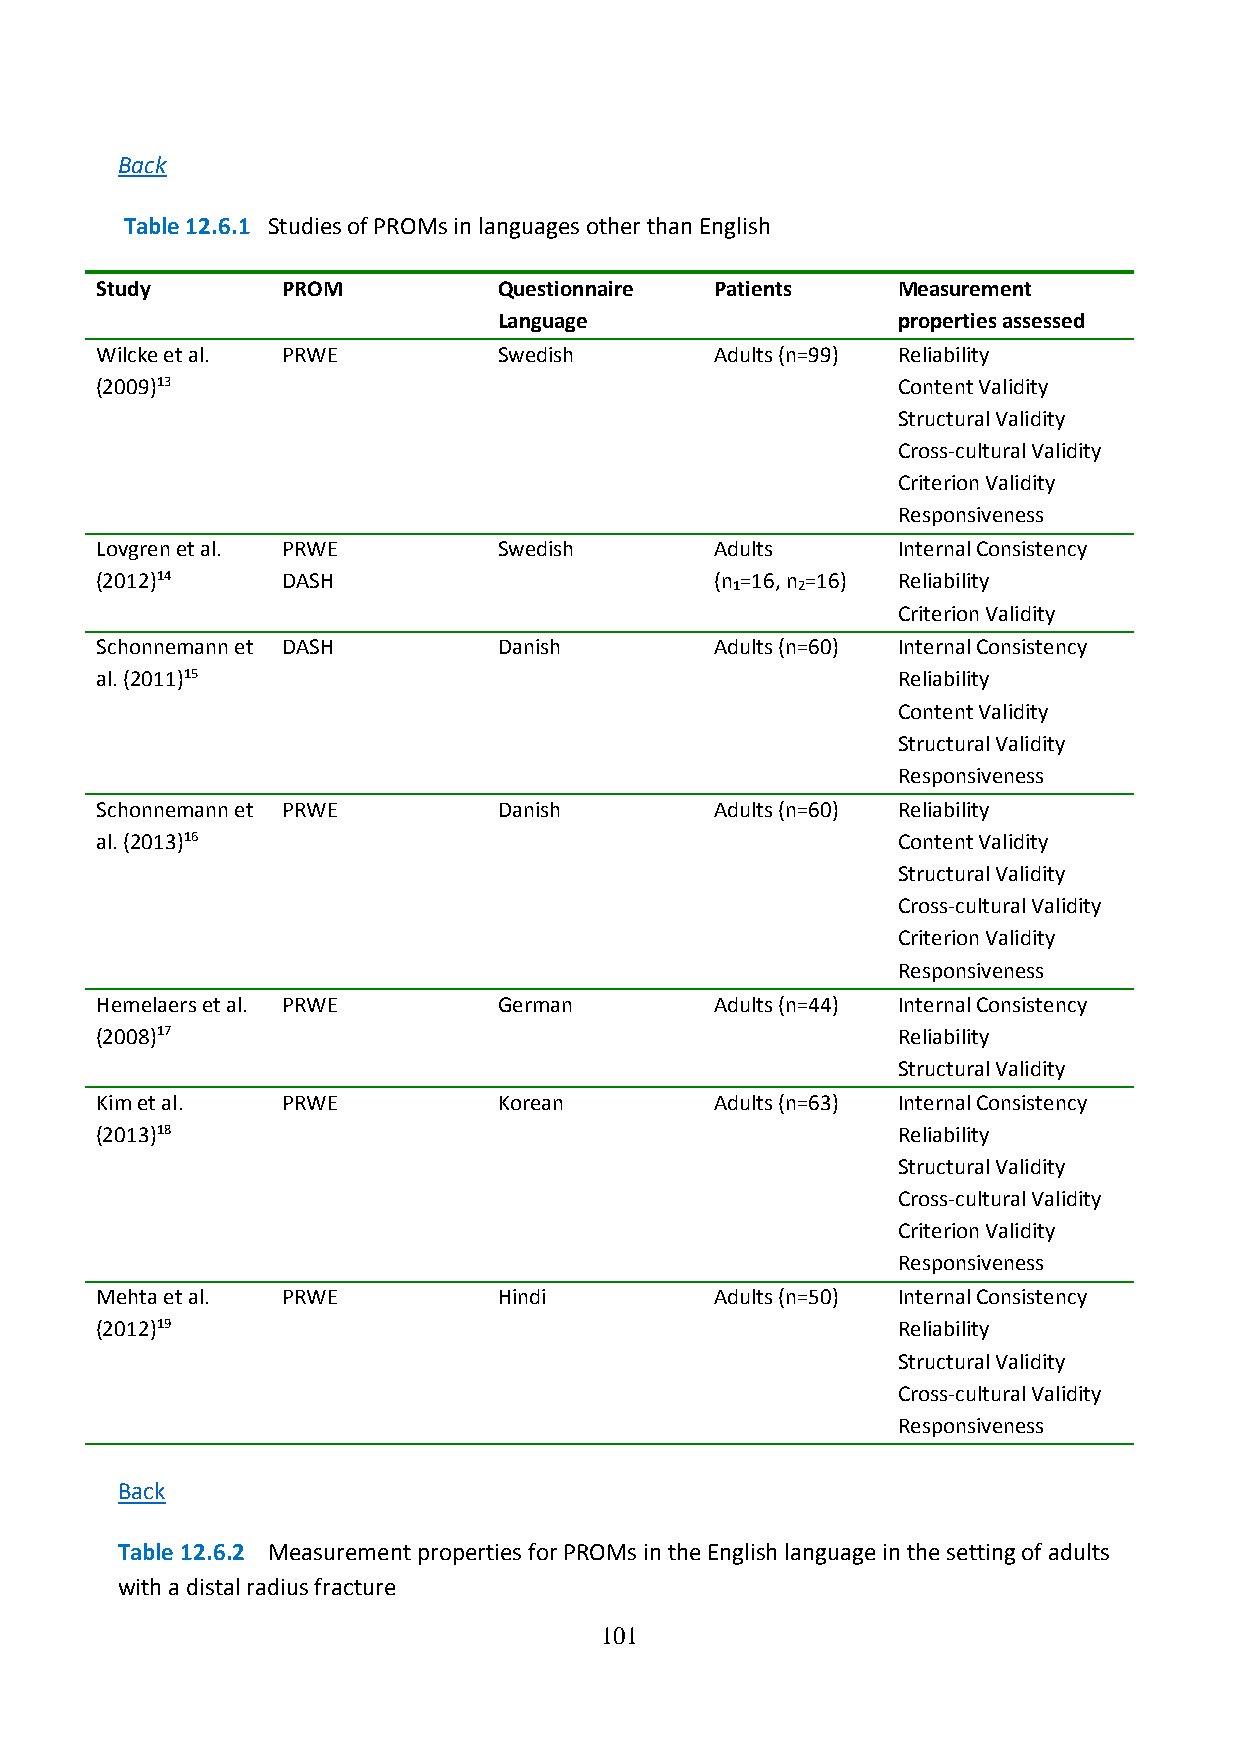
Back
 Table 12.6.1 Studies of PROMs in languages other than English
 Study        PROM          Questionnaire Patients    Measurement
 Language                  properties assessed
 Wilcke et al. PRWE         Swedish       Adults (n=99) Reliability
 (2009)13                                             Content Validity
 Structural Validity
 Cross-cultural Validity
 Criterion Validity
 Responsiveness
 Lovgren et al. PRWE        Swedish       Adults      Internal Consistency
 (2012)14     DASH                        (n =16, n =16) Reliability
 1   2
 Criterion Validity
 Schonnemann et DASH        Danish        Adults (n=60) Internal Consistency
 al. (2011)15                                         Reliability
 Content Validity
 Structural Validity
 Responsiveness
 Schonnemann et PRWE        Danish        Adults (n=60) Reliability
 al. (2013)16                                         Content Validity
 Structural Validity
 Cross-cultural Validity
 Criterion Validity
 Responsiveness
 Hemelaers et al. PRWE      German        Adults (n=44) Internal Consistency
 (2008)17                                             Reliability
 Structural Validity
 Kim et al.   PRWE          Korean        Adults (n=63) Internal Consistency
 (2013)18                                             Reliability
 Structural Validity
 Cross-cultural Validity
 Criterion Validity
 Responsiveness
 Mehta et al. PRWE          Hindi         Adults (n=50) Internal Consistency
 (2012)19                                             Reliability
 Structural Validity
 Cross-cultural Validity
 Responsiveness
 Back
 Table 12.6.2 Measurement properties for PROMs in the English language in the setting of adults
 with a distal radius fracture
 101